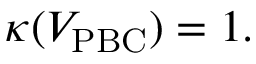
\kappa ( V _ { \mathrm { P B C } } ) = 1 .